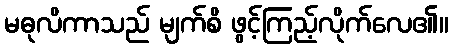
မဓုလိကာသည် မျက်စိ ဖွင့်ကြည့်လိုက်လေ၏။